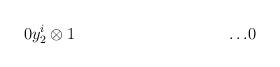
LaTeX: \begin{align*}0 & y_2^i \otimes 1 & \dots & 0 \\\end{align*}